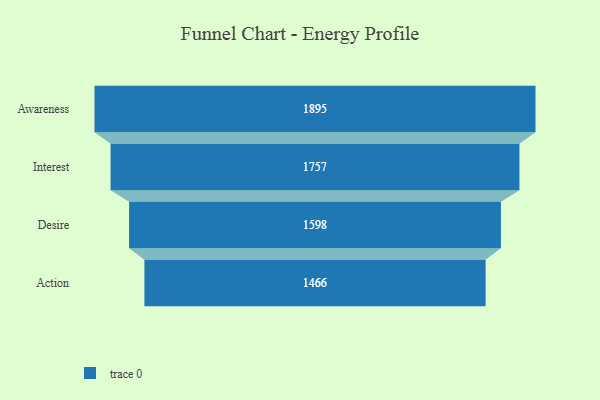
{"axis": {"x": "Stage", "y": "Value"}, "legend": [""], "data": [{"x": "Awareness", "y": 1895.0, "type": ""}, {"x": "Interest", "y": 1757.0, "type": ""}, {"x": "Desire", "y": 1598.0, "type": ""}, {"x": "Action", "y": 1466.0, "type": ""}]}